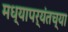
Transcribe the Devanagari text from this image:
मध्यापर्यंतच्या